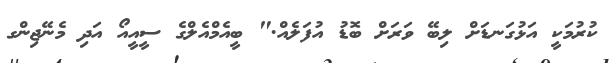
ކުރުމަކީ އަޅުގަނޑަށް ލިބޭ ވަރަށް ބޮޑު އުފަލެއް." ބީއެމްއެލްގެ ސީއީއޯ އަދި މެނޭޖިންގ